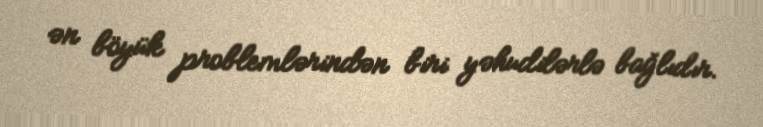
ən böyük problemlərindən biri yəhudilərlə bağlıdır.